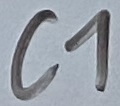
Text: C1